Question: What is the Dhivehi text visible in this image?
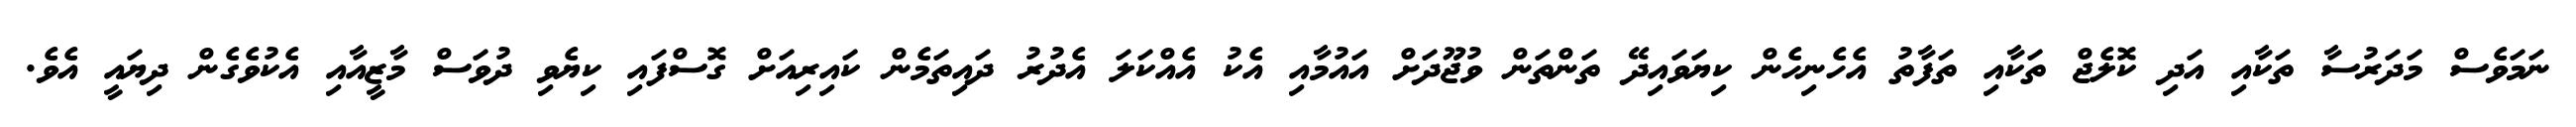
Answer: ނަމަވެސް މަދަރުސާ ތަކާއި އަދި ކޮލެޖް ތަކާއި ތަފާތު އެހެނިހެން ކިޔަވައިދޭ ތަންތަން ވުޖޫދަށް އައުމާއި އެކު އެއްކަލަ އެދުރު ދައިތަމެން ކައިރިއަށް ގޮސްފައި ކިޔެވި ދުވަސް މާޒީއާއި އެކުވެގެން ދިޔައީ އެވެ.